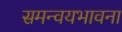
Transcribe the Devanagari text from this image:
समन्वयभावना